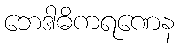
ဘေဒါဓိကရဏေန